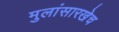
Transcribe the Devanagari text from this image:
मुलांसारखेच